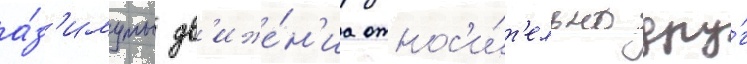
а́з'имуты дв'иже́н'иа относ'и́т'ельно дру́г